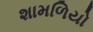
શામળિયો